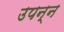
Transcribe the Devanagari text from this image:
उपन्न